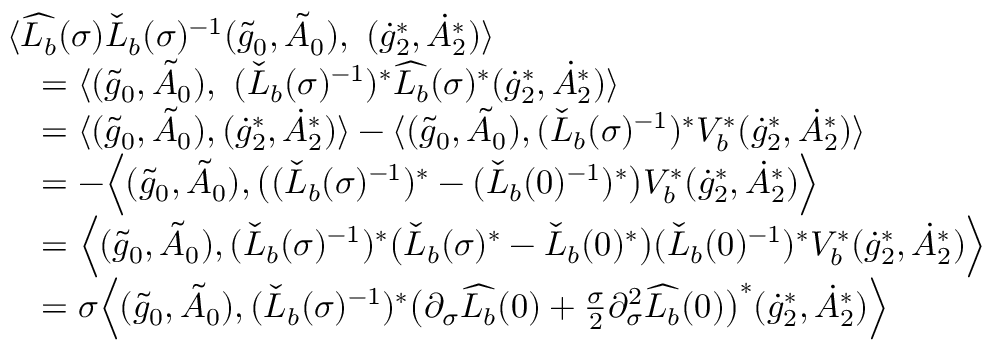
\begin{array} { r l } & { \langle \widehat { L _ { b } } ( \sigma ) \check { L } _ { b } ( \sigma ) ^ { - 1 } ( \tilde { g } _ { 0 } , \tilde { A } _ { 0 } ) , \ ( \dot { g } _ { 2 } ^ { * } , \dot { A } _ { 2 } ^ { * } ) \rangle } \\ & { \quad = \langle ( \tilde { g } _ { 0 } , \tilde { A } _ { 0 } ) , \ ( \check { L } _ { b } ( \sigma ) ^ { - 1 } ) ^ { * } \widehat { L _ { b } } ( \sigma ) ^ { * } ( \dot { g } _ { 2 } ^ { * } , \dot { A } _ { 2 } ^ { * } ) \rangle } \\ & { \quad = \langle ( \tilde { g } _ { 0 } , \tilde { A } _ { 0 } ) , ( \dot { g } _ { 2 } ^ { * } , \dot { A } _ { 2 } ^ { * } ) \rangle - \langle ( \tilde { g } _ { 0 } , \tilde { A } _ { 0 } ) , ( \check { L } _ { b } ( \sigma ) ^ { - 1 } ) ^ { * } V _ { b } ^ { * } ( \dot { g } _ { 2 } ^ { * } , \dot { A } _ { 2 } ^ { * } ) \rangle } \\ & { \quad = - \Big \langle ( \tilde { g } _ { 0 } , \tilde { A } _ { 0 } ) , \big ( ( \check { L } _ { b } ( \sigma ) ^ { - 1 } ) ^ { * } - ( \check { L } _ { b } ( 0 ) ^ { - 1 } ) ^ { * } \big ) V _ { b } ^ { * } ( \dot { g } _ { 2 } ^ { * } , \dot { A } _ { 2 } ^ { * } ) \Big \rangle } \\ & { \quad = \Big \langle ( \tilde { g } _ { 0 } , \tilde { A } _ { 0 } ) , ( \check { L } _ { b } ( \sigma ) ^ { - 1 } ) ^ { * } \big ( \check { L } _ { b } ( \sigma ) ^ { * } - \check { L } _ { b } ( 0 ) ^ { * } \big ) ( \check { L } _ { b } ( 0 ) ^ { - 1 } ) ^ { * } V _ { b } ^ { * } ( \dot { g } _ { 2 } ^ { * } , \dot { A } _ { 2 } ^ { * } ) \Big \rangle } \\ & { \quad = \sigma \Big \langle ( \tilde { g } _ { 0 } , \tilde { A } _ { 0 } ) , ( \check { L } _ { b } ( \sigma ) ^ { - 1 } ) ^ { * } \big ( \partial _ { \sigma } \widehat { L _ { b } } ( 0 ) + \frac { \sigma } { 2 } \partial _ { \sigma } ^ { 2 } \widehat { L _ { b } } ( 0 ) \big ) ^ { * } ( \dot { g } _ { 2 } ^ { * } , \dot { A } _ { 2 } ^ { * } ) \Big \rangle } \end{array}